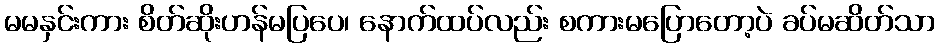
မမနှင်းကား စိတ်ဆိုးဟန်မပြပေ၊ နောက်ထပ်လည်း စကားမပြောတော့ပဲ ခပ်မဆိတ်သာ